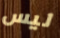
ليس